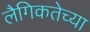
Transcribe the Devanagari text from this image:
लैगिकतेच्या